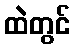
ထဲတွင်